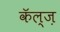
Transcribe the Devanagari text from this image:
कॅल्ज़